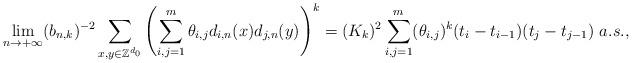
LaTeX: \begin{align*}\lim_{n\rightarrow +\infty}(b_{n,k})^{-2}\sum_{x,y\in\mathbb Z^{d_0}}\left(\sum_{i,j= 1}^m \theta_{i,j}d_{i,n}(x)d_{j,n}(y)\right)^k=(K_k)^2\sum_{i,j=1}^m(\theta_{i,j})^k(t_i-t_{i-1})(t_j-t_{j-1})\ a.s.,\end{align*}